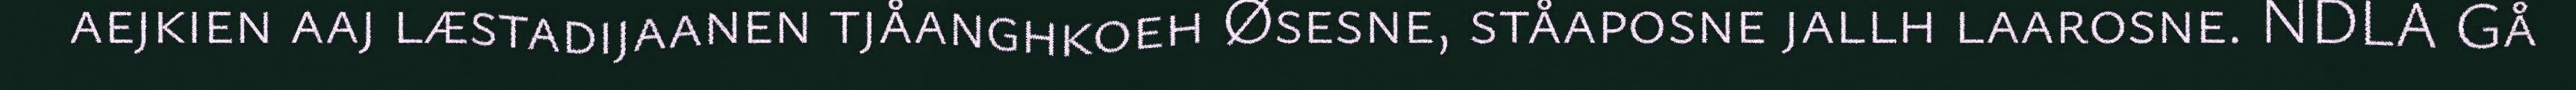
aejkien aaj læstadijaanen tjåanghkoeh Øsesne, ståaposne jallh laarosne. NDLA Gå